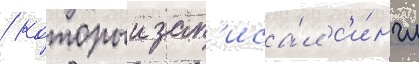
/ которыи зап'иса́л с'и́нгл